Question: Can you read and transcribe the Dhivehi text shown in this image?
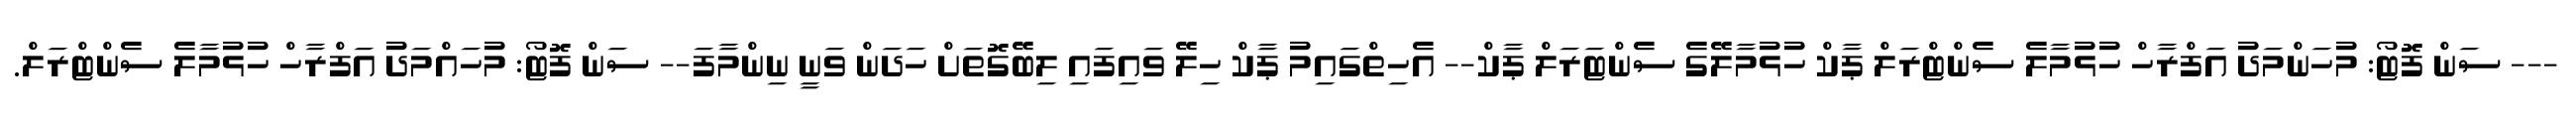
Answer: --- ސަން ފޮޓޯ: މުހަންމަދު އަފްރާހް ހުޅުމާލެ ސެންޓްރަލް ޕާކް ހުޅުމާލޭގެ ސެންޓަރަލް ޕާކް-- އެހިތްގައިމު ޕާކް ހިލޭ ވައިފައި ލިބޭގޮތަށް ހަދަން ވަނީ ނިންމާފަ-- ސަން ފޮޓޯ: މުހައްމަދު އަފްރާހް ހުޅުމާލެ ސެންޓްރަލް.